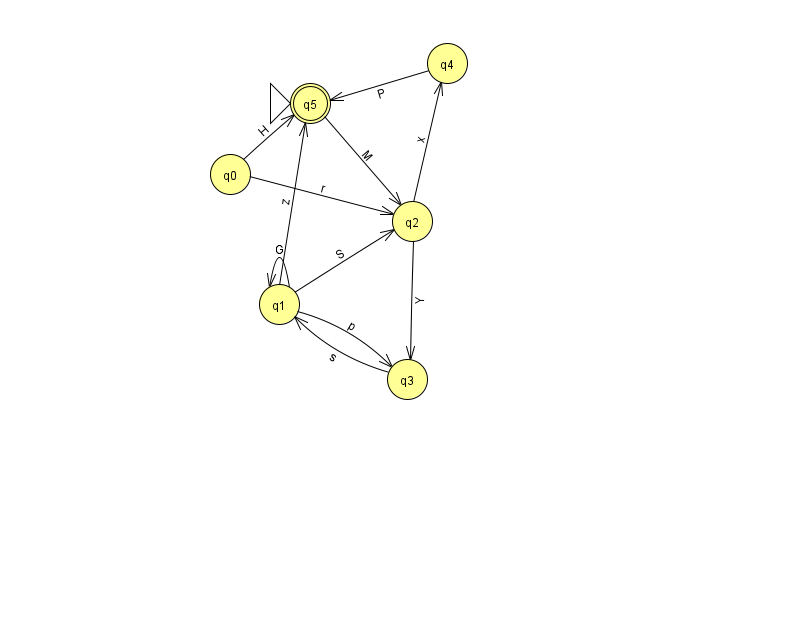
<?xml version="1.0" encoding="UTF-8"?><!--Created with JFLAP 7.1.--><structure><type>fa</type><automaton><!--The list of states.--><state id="0" name="q0"><x>230.0</x><y>161.0</y></state><state id="1" name="q1"><x>279.0</x><y>291.0</y></state><state id="2" name="q2"><x>412.0</x><y>208.0</y></state><state id="3" name="q3"><x>407.0</x><y>366.0</y></state><state id="4" name="q4"><x>447.0</x><y>50.0</y></state><state id="5" name="q5"><x>310.0</x><y>90.0</y><initial/><final/></state><!--The list of transitions.--><transition><from>2</from><to>3</to><read>Y</read></transition><transition><from>4</from><to>5</to><read>P</read></transition><transition><from>0</from><to>5</to><read>H</read></transition><transition><from>1</from><to>2</to><read>S</read></transition><transition><from>1</from><to>1</to><read>G</read></transition><transition><from>5</from><to>2</to><read>M</read></transition><transition><from>1</from><to>5</to><read>z</read></transition><transition><from>0</from><to>2</to><read>r</read></transition><transition><from>1</from><to>3</to><read>p</read></transition><transition><from>2</from><to>4</to><read>x</read></transition><transition><from>3</from><to>1</to><read>s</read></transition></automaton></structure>